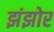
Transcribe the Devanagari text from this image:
झंझोर